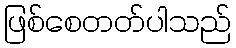
ဖြစ်စေတတ်ပါသည်